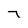
Character: 7